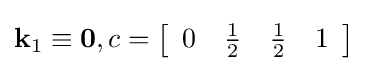
\mathbf {k} _{1}\equiv \mathbf {0} ,c=\left[{\begin{array}{cccc}0&{\frac {1}{2}}&{\frac {1}{2}}&1\end{array}}\right]